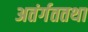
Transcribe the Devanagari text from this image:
अतंर्गततथा